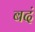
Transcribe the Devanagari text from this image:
बदं